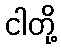
ငါတို့